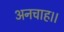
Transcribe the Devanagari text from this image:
अनचाह।।